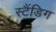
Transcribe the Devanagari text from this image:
स्टैंडिग